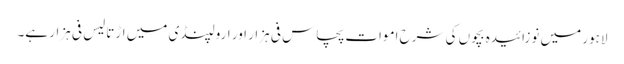
لاہور میں نوزائیدہ بچوں کی شرح اموات پچاس فی ہزار اور ارولپنڈی میں اڑتالیس فی ہزار ہے۔